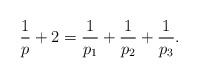
LaTeX: \begin{align*}\frac 1p + 2 = \frac{1}{p_1}+ \frac{1}{p_2}+ \frac{1}{p_3}.\end{align*}